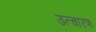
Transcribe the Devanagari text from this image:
उत्चारण